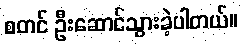
စတင် ဦးဆောင်သွားခဲ့ပါတယ်။